Civil Veterinary Department. Central Provinces & Berar 1925-31 - 1925-1931
Year: 1925
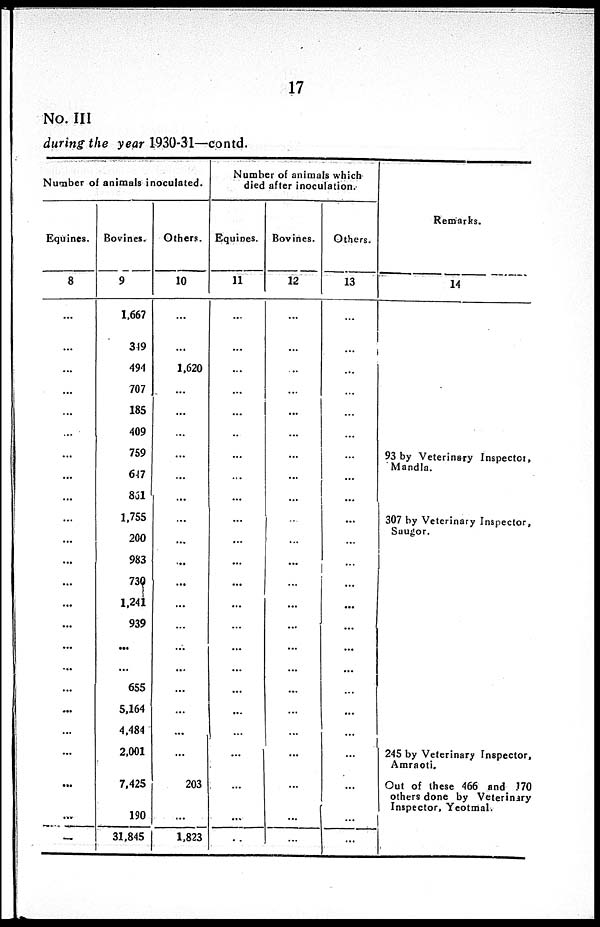
17
No. III
during the year 1930-31—contd.
Number of animals inoculated.
Equines.
8
...
...
...
...
...
...
...
...
...
...
...
...
...
...
...
...
...
...
...
...
...
...
...
...
Bovines.
9
1,667
349
494
707
185
409
759
647
861
1,755
200
983
730
1,241
939
...
...
655
5,164
4,484
2,001
7,425
190
31,845
Others.
10
...
...
1,620
...
...
...
...
...
...
...
...
...
...
...
...
...
...
...
...
...
...
203
...
1,823
Number of animals which
died after inoculation.
Equines.
11
...
...
...
...
...
...
...
...
...
...
...
...
...
...
...
...
...
...
...
...
...
...
...
...
Bovines.
12
...
...
...
...
...
...
...
...
...
...
...
...
...
...
...
...
... ...
...
...
...
...
...
...
Others.
13
...
...
...
...
...
...
...
...
...
...
...
...
...
...
...
...
...
...
...
...
...
...
...
...
Remarks.
14
93 by Veterinary Inspector,
Mandla.
307 by Veterinary Inspector,
Saugor.
245 by Veterinary Inspector,
Amraoti.
Out of these 466 and .170
others done by Veterinary
Inspector, Yeotmal.